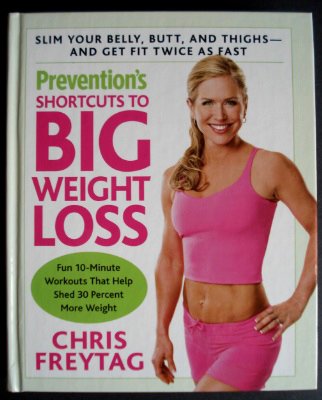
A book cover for Prevention's Shortcuts to Big Weight Loss; Chris Freytag; Health, Fitness & Dieting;